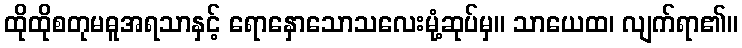
ထိုထိုစတုမဓူအရသာနှင့် ရောနှောသောသလေးမုံ့ဆုပ်မှ။ သာယေထ၊ လျက်ရာ၏။